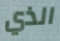
الذي